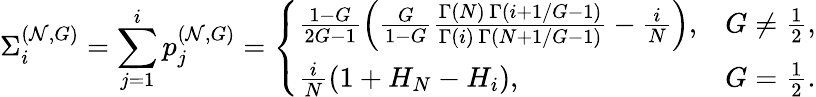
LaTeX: \Sigma_{i}^{(\mathcal{N},G)}=\sum_{j=1}^{i}p_{j}^{(\mathcal{N},G)}=\left\{ \begin{array}{ll}{\frac{1-G}{2G-1}\left(\frac{G}{1-G}\frac{\Gamma\left(N\right)\, \Gamma\left(i+1/G-1\right)}{\Gamma(i)\, \Gamma\left(N+1/G-1\right)}-\frac{i}{N}\right),}&{G\neq\frac{1}{2},}\\ {\frac{i}{N}\left(1+H_{N}-H_{i}\right),}&{G=\frac{1}{2}.}\end{array}\right.